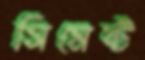
সিমেন্ট